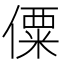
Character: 僳